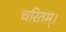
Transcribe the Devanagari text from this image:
चरितम्।